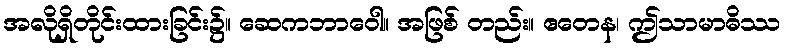
အလိုရှိတိုင်းထားခြင်း၌။ ဆေကဘာဝေါ။ အဖြစ် တည်း။ ဧတေန၊ ဤသာမာဓိဿ